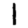
Digit: 1